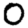
Digit: 0